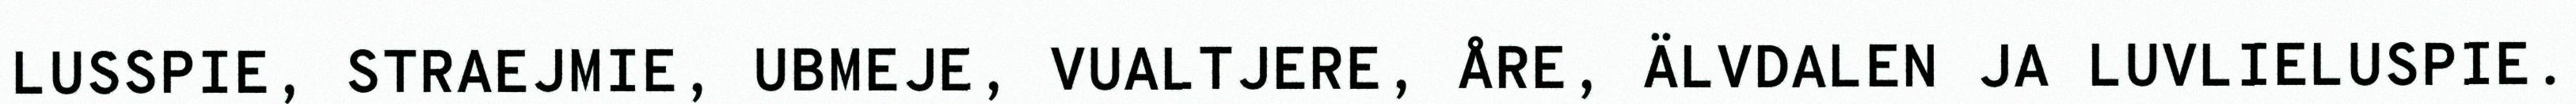
LUSSPIE, STRAEJMIE, UBMEJE, VUALTJERE, ÅRE, ÄLVDALEN JA LUVLIELUSPIE.